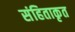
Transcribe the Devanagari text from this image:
संहिताकृत